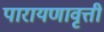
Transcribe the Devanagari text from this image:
पारायणावृत्ती